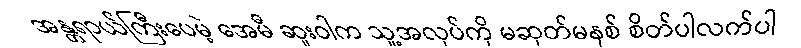
အန္တရာယ်ကြီးပေမဲ့ အေမီ ဆူးဝါက သူ့အလုပ်ကို မဆုတ်မနစ် စိတ်ပါလက်ပါ